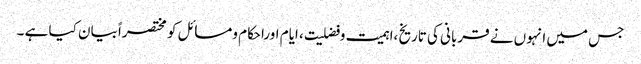
جس میں انہوں نے قربانی کی تاریخ ،اہمیت وفضلیت ، ایام اوراحکام ومسائل کو مختصراً بیان کیا ہے ۔